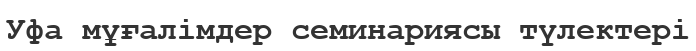
Уфа мұғалімдер семинариясы түлектері